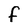
Character: f